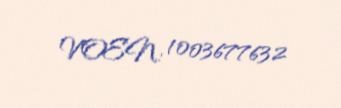
VOEN: 1003677632